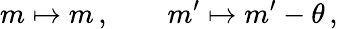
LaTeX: m\mapsto m\, ,\qquad m^{\prime}\mapsto m^{\prime}-\theta\, ,